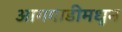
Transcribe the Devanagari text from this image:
आगगाडीमधून